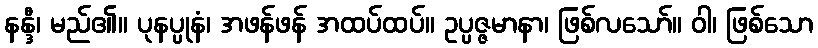
နန္ဒီ၊ မည်၏။ ပုနပ္ပုနံ၊ အဖန်ဖန် အထပ်ထပ်။ ဥပ္ပဇ္ဇမာနာ၊ ဖြစ်လသော်။ ဝါ၊ ဖြစ်သော